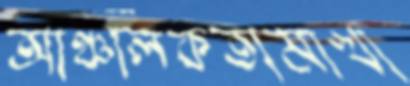
আঞ্চলিকতামাখা